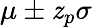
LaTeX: \mu\pm\mathit{z}_{p}\sigma